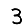
Digit: 3